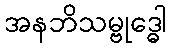
အနဘိသမ္ဗုဒ္ဓေါ